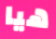
هيا